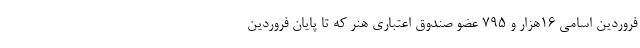
فروردین اسامی 16هزار و 795 عضو صندوق اعتباری هنر که تا پایان فروردین